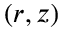
( r , z )